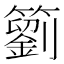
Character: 䉧